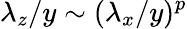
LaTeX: \lambda_{z}/y\sim(\lambda_{x}/y)^{p}